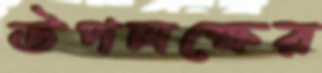
উপলক্ষের